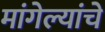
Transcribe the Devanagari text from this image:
मांगेल्यांचे